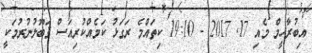
އިބުރާހީމް މެއި 17